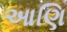
આણિ